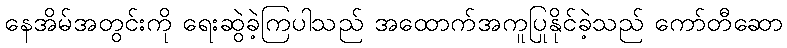
နေအိမ်အတွင်းကို ရေးဆွဲခဲ့ကြပါသည် အထောက်အကူပြုနိုင်ခဲ့သည် ကော်တီဆော